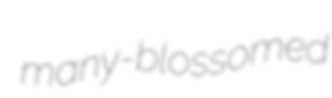
many-blossomed